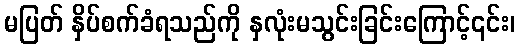
မပြတ် နှိပ်စက်ခံရသည်ကို နှလုံးမသွင်းခြင်းကြောင့်၎င်း၊